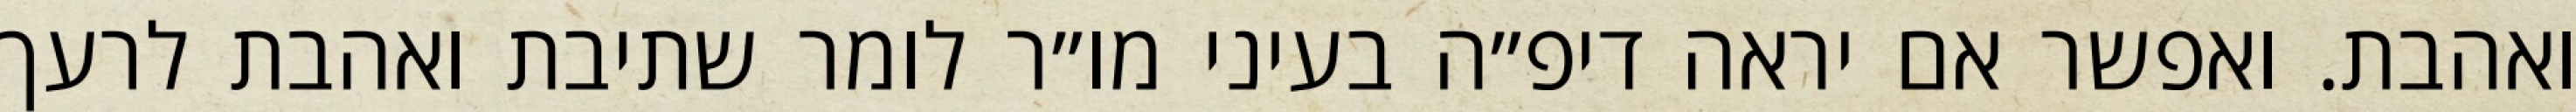
ואהבת. ואפשר אם יראה דיפ״ה בעיני מו״ר לומר שתיבת ואהבת לרעך